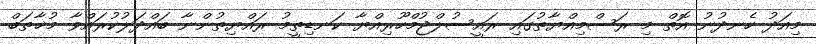
މިއަދު ހެނދުނު އޮތް މި ރަސްމިއްޔާތުގައި ރައީސުލްޖުމްހޫރިއްޔާ ކަނޑިތީމު ރައްޔިތުންނާ ބައްދަލުކުރައްވާ މުޚާތަބް